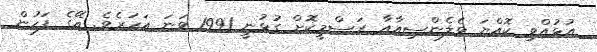
އުޅުއްވި ކޮއްޔަ ވެލެންސިއާއާ ރަސްމީކޮށް ގުޅުނީ 1991 ވަނަ އަހަރެވެ. އޭގެ ފަހުން